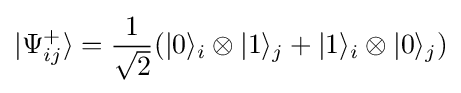
|\Psi _{ij}^{+}\rangle ={\frac {1}{\sqrt {2}}}(|0\rangle _{i}\otimes |1\rangle _{j}+|1\rangle _{i}\otimes |0\rangle _{j})